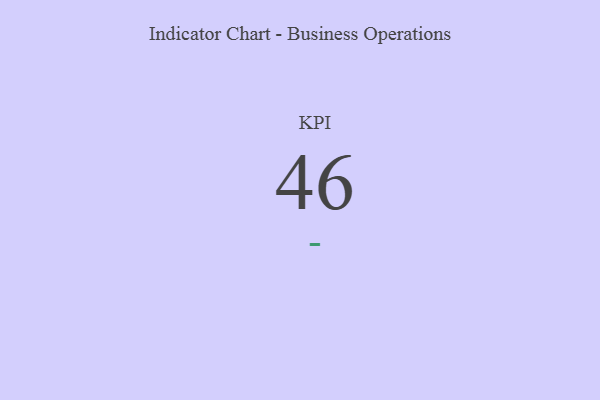
{"axis": {"x": "KPI", "y": "Value"}, "legend": [""], "data": [{"x": "KPI", "y": 46, "type": ""}]}